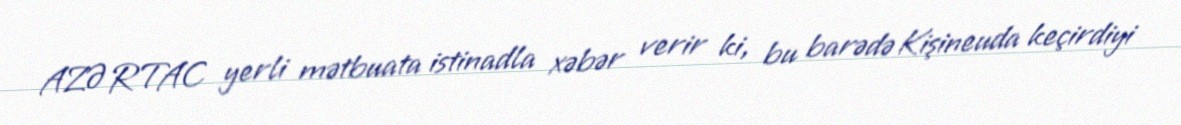
AZƏRTAC yerli mətbuata istinadla xəbər verir ki, bu barədə Kişineuda keçirdiyi